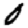
Digit: 0